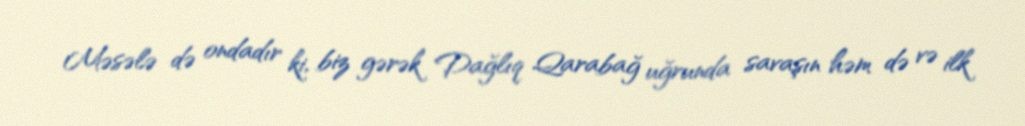
Məsələ də ondadır ki, biz gərək Dağlıq Qarabağ uğrunda savaşın həm də və ilk